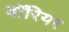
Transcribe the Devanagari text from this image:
वाॅरियर